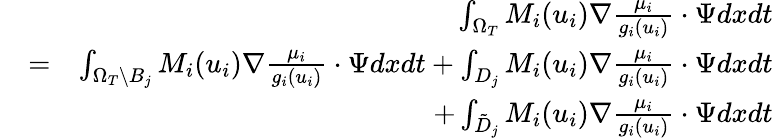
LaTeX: \begin{array}{rlr}&{}&{\int_{\Omega_{T}}M_{i}(u_{i})\nabla\frac{\mu_{i}}{g_{i}(u_{i})}\cdot\Psi dxdt}\\ &{=}&{\int_{\Omega_{T}\backslash B_{j}}M_{i}(u_{i})\nabla\frac{\mu_{i}}{g_{i}(u_{i})}\cdot\Psi dxdt+\int_{D_{j}}M_{i}(u_{i})\nabla\frac{\mu_{i}}{g_{i}(u_{i})}\cdot\Psi dxdt}\\ &{}&{+\int_{\tilde{D}_{j}}M_{i}(u_{i})\nabla\frac{\mu_{i}}{g_{i}(u_{i})}\cdot\Psi dxdt}\end{array}